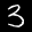
Label: 3